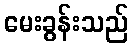
မေးခွန်းသည်